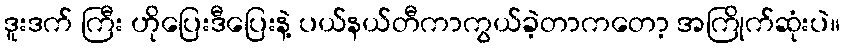
ဒူးဒက် ကြီး ဟိုပြေးဒီပြေးနဲ့ ပယ်နယ်တီကာကွယ်ခဲ့တာကတော့ အကြိုက်ဆုံးပဲ။